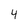
Character: 4